Vaccination North-Western Provinces and Oudh 1878-1895 - 1878-1895
Year: 1878
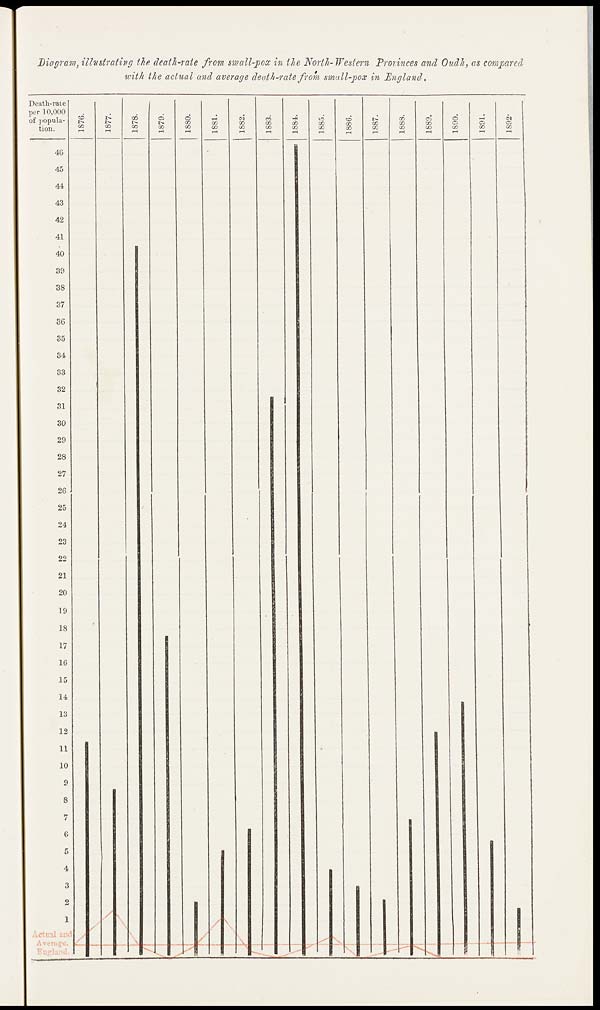
Diagram, illustrating the death-rate from small-pox in the North- Western Provinces and Oudh, as compared
with the actual and average death-rate from small-pox in England.